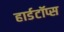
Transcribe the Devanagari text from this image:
हार्डटॉप्स